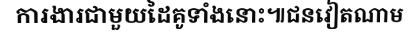
ការងារជាមួយដៃគូទាំងនោះ៕ជនវៀតណាម